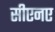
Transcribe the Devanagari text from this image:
सीएनए